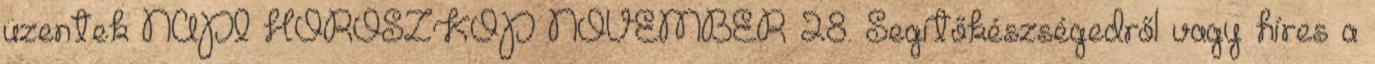
üzentek NAPI HOROSZKÓP NOVEMBER 28. Segítőkészségedről vagy híres a